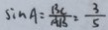
\sin A = \frac { B C } { A B } = \frac { 3 } { 5 }